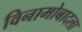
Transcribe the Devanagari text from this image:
विनामोबादला